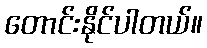
တောင်းနိုင်ပါတယ်။